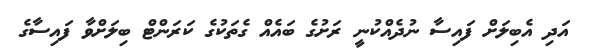
އަދި އެބިލަށް ފައިސާ ނުދެއްކުނީ ރަށުގެ ބައެއް ގެތަކުގެ ކަރަންޓް ބިލަށްވާ ފައިސާގެ